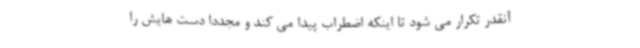
آنقدر تکرار می شود تا اینکه اضطراب پیدا می کند و مجددا دست هایش را